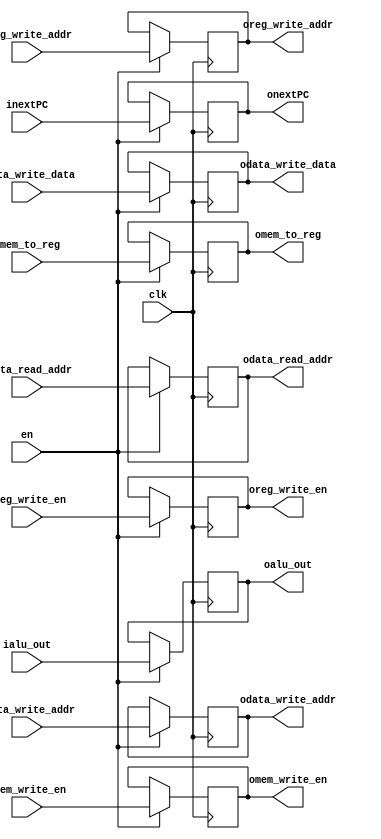
module EXMEM (
    input  clk,
    input  en,
    input  [3:0] ireg_write_addr,
    input  ireg_write_en,
    input  imem_to_reg,    
    input  [7:0] ialu_out,
    input  imem_write_en,
    input  [7:0] idata_write_addr,
    input  [7:0] idata_write_data,
    input  [7:0] idata_read_addr,
    input  [7:0] inextPC,
    output reg [3:0] oreg_write_addr,
    output reg oreg_write_en,
    output reg omem_to_reg,
    output reg [7:0] oalu_out,
    output reg omem_write_en,
    output reg [7:0] odata_write_addr,
    output reg [7:0] odata_write_data,
    output reg [7:0] odata_read_addr,
    output reg [7:0] onextPC
);

  always @(posedge (clk)) begin
    if (en) begin
      oreg_write_addr <= ireg_write_addr;
      oreg_write_en <= ireg_write_en;
      omem_to_reg <= ireg_write_en;
      oalu_out <= ialu_out;
      omem_write_en <= imem_write_en;
      odata_write_addr <= idata_write_addr;
      odata_write_data <= idata_write_data;
      odata_read_addr <= idata_read_addr;
      omem_to_reg <= imem_to_reg;
      onextPC <= inextPC;
    end
  end


endmodule